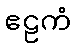
ဧဠကံ